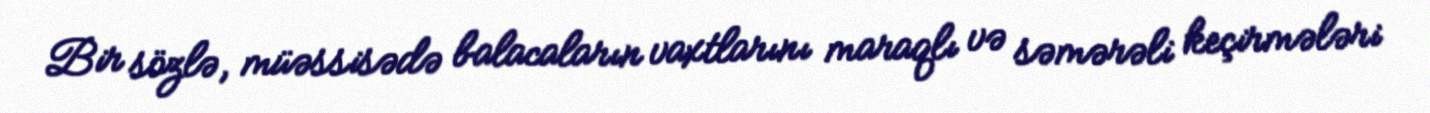
Bir sözlə, müəssisədə balacaların vaxtlarını maraqlı və səmərəli keçirmələri